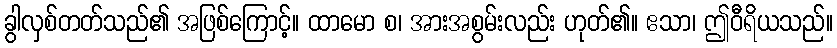
ခွါလှစ်တတ်သည်၏ အဖြစ်ကြောင့်။ ထာမော စ၊ အားအစွမ်းလည်း ဟုတ်၏။ ဧသာ၊ ဤဝီရိယသည်။